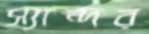
স্যান্দর